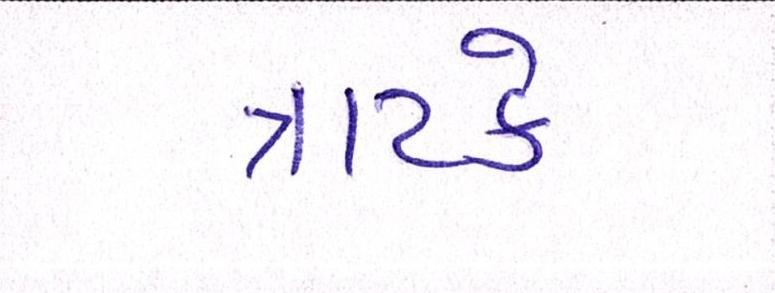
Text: ત્રાટકે